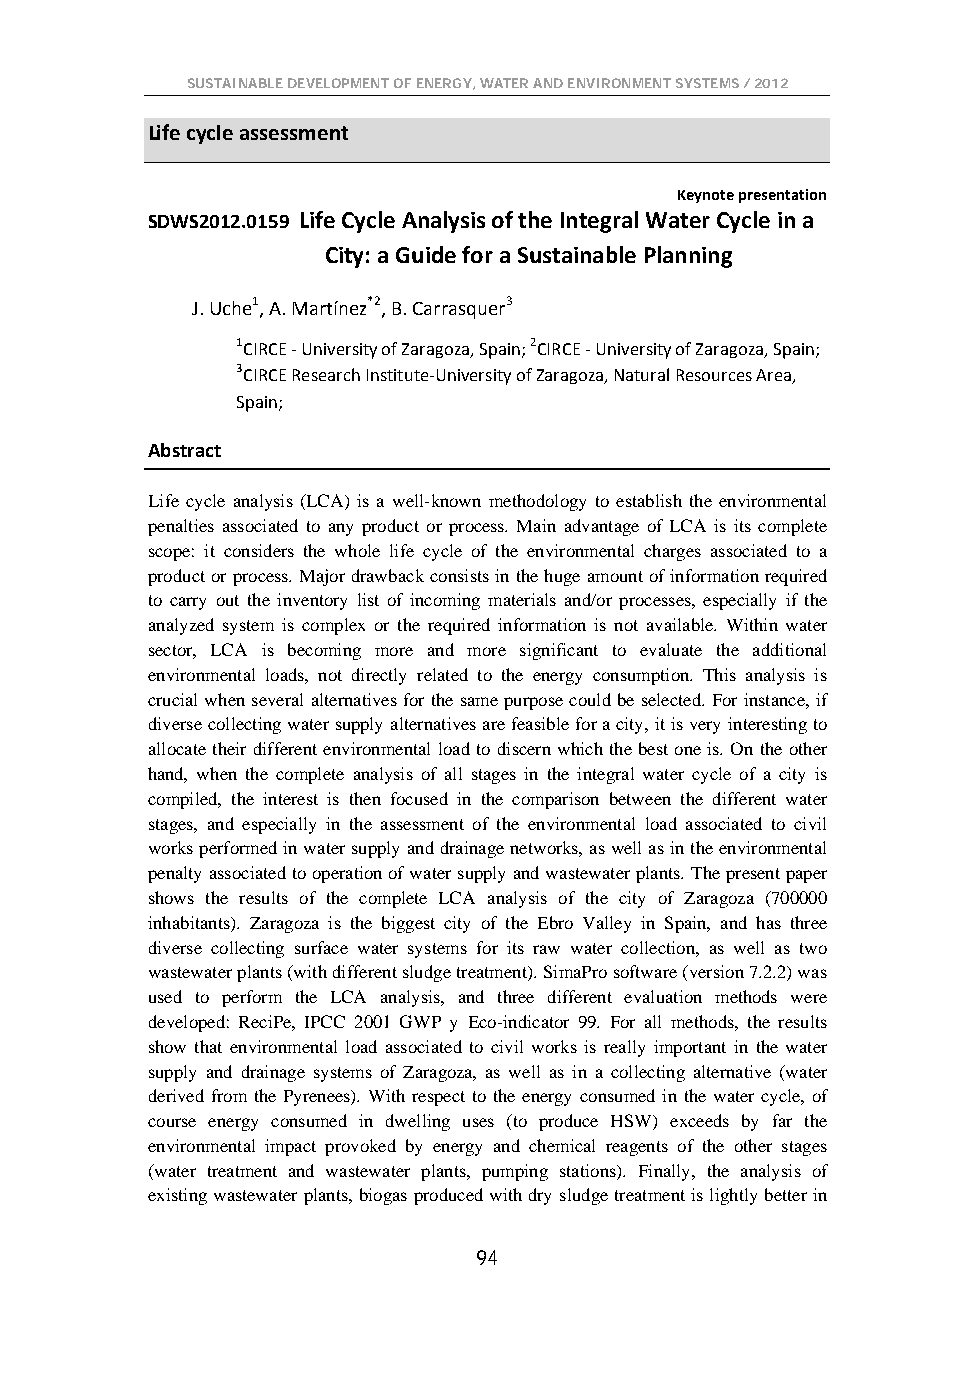
SUSTAINABLE DEVELOPMENT OF ENERGY, WATER AND ENVIRONMENT SYSTEMS / 2012
 Life cycle assessment
 Keynote presentation
 SDWS2012.0159 Life Cycle Analysis of the Integral Water Cycle in a
 City: a Guide for a Sustainable Planning
 J. Uche1, A. Martínez*2, B. Carrasquer3
 1CIRCE - University of Zaragoza, Spain; 2CIRCE - University of Zaragoza, Spain;
 3CIRCE Research Institute-University of Zaragoza, Natural Resources Area,
 Spain;
 Abstract
 Life cycle analysis (LCA) is a well-known methodology to establish the environmental
 penalties associated to any product or process. Main advantage of LCA is its complete
 scope: it considers the whole life cycle of the environmental charges associated to a
 product or process. Major drawback consists in the huge amount of information required
 to carry out the inventory list of incoming materials and/or processes, especially if the
 analyzed system is complex or the required information is not available. Within water
 sector, LCA is becoming more and more significant to evaluate the additional
 environmental loads, not directly related to the energy consumption. This analysis is
 crucial when several alternatives for the same purpose could be selected. For instance, if
 diverse collecting water supply alternatives are feasible for a city, it is very interesting to
 allocate their different environmental load to discern which the best one is. On the other
 hand, when the complete analysis of all stages in the integral water cycle of a city is
 compiled, the interest is then focused in the comparison between the different water
 stages, and especially in the assessment of the environmental load associated to civil
 works performed in water supply and drainage networks, as well as in the environmental
 penalty associated to operation of water supply and wastewater plants. The present paper
 shows the results of the complete LCA analysis of the city of Zaragoza (700000
 inhabitants). Zaragoza is the biggest city of the Ebro Valley in Spain, and has three
 diverse collecting surface water systems for its raw water collection, as well as two
 wastewater plants (with different sludge treatment). SimaPro software (version 7.2.2) was
 used to perform the LCA analysis, and three different evaluation methods were
 developed: ReciPe, IPCC 2001 GWP y Eco-indicator 99. For all methods, the results
 show that environmental load associated to civil works is really important in the water
 supply and drainage systems of Zaragoza, as well as in a collecting alternative (water
 derived from the Pyrenees). With respect to the energy consumed in the water cycle, of
 course energy consumed in dwelling uses (to produce HSW) exceeds by far the
 environmental impact provoked by energy and chemical reagents of the other stages
 (water treatment and wastewater plants, pumping stations). Finally, the analysis of
 existing wastewater plants, biogas produced with dry sludge treatment is lightly better in
 94